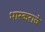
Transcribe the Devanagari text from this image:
भास्कराचे